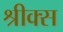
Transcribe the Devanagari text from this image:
श्रीक्स